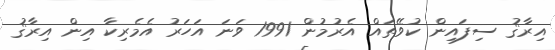
އިރާޤު ސިފައިން ކުވޭތައް އެރުމުން 1991 ވަނަ އަހަރު އެމެރިކާ އިން އިރާޤު